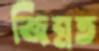
জিন্নত